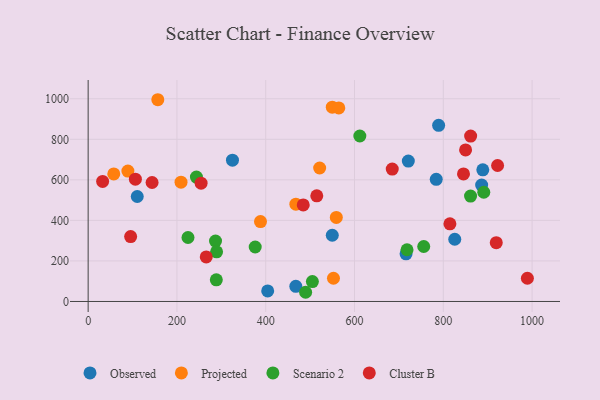
{"axis": {"x": "Speed", "y": "Fuel Efficiency"}, "legend": ["Cluster B", "Observed", "Projected", "Scenario 2"], "data": [{"x": "549.9", "y": 326.6, "type": "Observed"}, {"x": "889.0", "y": 649.6, "type": "Observed"}, {"x": "886.4", "y": 574.2, "type": "Observed"}, {"x": "721.2", "y": 692.6, "type": "Observed"}, {"x": "716.1", "y": 235.1, "type": "Observed"}, {"x": "404.4", "y": 52.1, "type": "Observed"}, {"x": "325.1", "y": 697.0, "type": "Observed"}, {"x": "789.5", "y": 868.9, "type": "Observed"}, {"x": "784.1", "y": 602.4, "type": "Observed"}, {"x": "825.8", "y": 307.0, "type": "Observed"}, {"x": "110.6", "y": 517.8, "type": "Observed"}, {"x": "467.8", "y": 74.8, "type": "Observed"}, {"x": "552.6", "y": 114.5, "type": "Projected"}, {"x": "549.9", "y": 958.4, "type": "Projected"}, {"x": "521.5", "y": 658.5, "type": "Projected"}, {"x": "57.7", "y": 629.1, "type": "Projected"}, {"x": "388.2", "y": 394.2, "type": "Projected"}, {"x": "564.6", "y": 954.8, "type": "Projected"}, {"x": "467.9", "y": 479.8, "type": "Projected"}, {"x": "559.0", "y": 414.6, "type": "Projected"}, {"x": "209.2", "y": 588.6, "type": "Projected"}, {"x": "156.9", "y": 995.2, "type": "Projected"}, {"x": "89.5", "y": 643.1, "type": "Projected"}, {"x": "861.4", "y": 519.9, "type": "Scenario 2"}, {"x": "612.0", "y": 816.3, "type": "Scenario 2"}, {"x": "243.9", "y": 613.5, "type": "Scenario 2"}, {"x": "224.9", "y": 315.6, "type": "Scenario 2"}, {"x": "288.7", "y": 106.6, "type": "Scenario 2"}, {"x": "718.3", "y": 255.1, "type": "Scenario 2"}, {"x": "489.9", "y": 45.4, "type": "Scenario 2"}, {"x": "505.1", "y": 98.2, "type": "Scenario 2"}, {"x": "891.2", "y": 538.9, "type": "Scenario 2"}, {"x": "286.9", "y": 297.9, "type": "Scenario 2"}, {"x": "289.3", "y": 244.8, "type": "Scenario 2"}, {"x": "376.3", "y": 268.7, "type": "Scenario 2"}, {"x": "755.9", "y": 271.2, "type": "Scenario 2"}, {"x": "850.2", "y": 747.8, "type": "Cluster B"}, {"x": "685.0", "y": 652.9, "type": "Cluster B"}, {"x": "861.6", "y": 815.9, "type": "Cluster B"}, {"x": "106.4", "y": 603.3, "type": "Cluster B"}, {"x": "814.9", "y": 382.8, "type": "Cluster B"}, {"x": "922.3", "y": 670.7, "type": "Cluster B"}, {"x": "32.6", "y": 592.3, "type": "Cluster B"}, {"x": "266.0", "y": 219.7, "type": "Cluster B"}, {"x": "95.7", "y": 320.4, "type": "Cluster B"}, {"x": "254.4", "y": 583.7, "type": "Cluster B"}, {"x": "515.0", "y": 521.1, "type": "Cluster B"}, {"x": "484.5", "y": 476.4, "type": "Cluster B"}, {"x": "845.5", "y": 629.0, "type": "Cluster B"}, {"x": "144.0", "y": 586.8, "type": "Cluster B"}, {"x": "919.3", "y": 290.2, "type": "Cluster B"}, {"x": "989.4", "y": 114.7, "type": "Cluster B"}]}